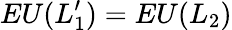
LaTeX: EU(L_{1}^{\prime})=EU(L_{2})